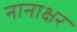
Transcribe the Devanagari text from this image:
नानाक्षर